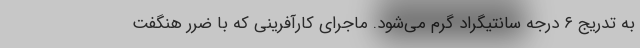
به تدریج ۶ درجه سانتیگراد گرم می‌شود. ماجرای کارآفرینی که با ضرر هنگفت